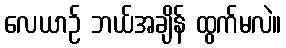
လေယာဉ် ဘယ်အချိန် ထွက်မလဲ။